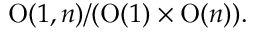
\mathrm { O } ( 1 , n ) / ( \mathrm { O } ( 1 ) \times \mathrm { O } ( n ) ) .